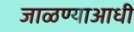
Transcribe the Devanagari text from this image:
जाळण्याआधी